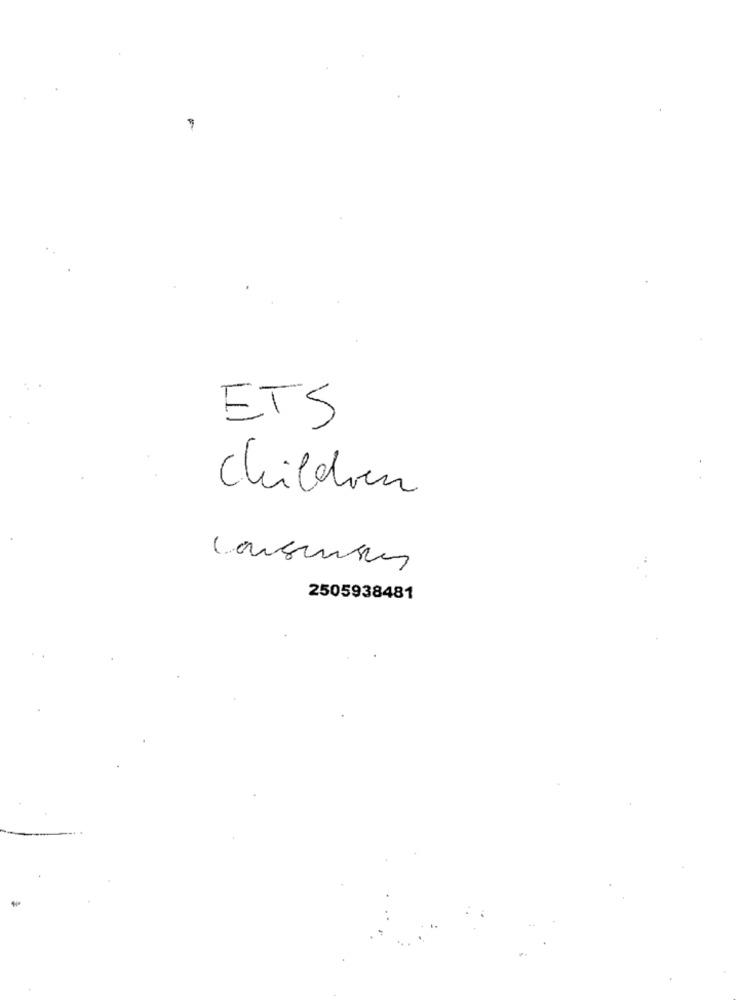
ETS
Children
2505938481